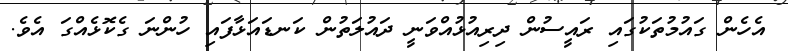
އެހެން ގައުމުތަކުގައި ރައީސުން ދިރިއުޅުއްވަނީ ދައުލަތުން ކަނޑައަޅާފައި ހުންނަ ގެކޮޅެއްގަ އެވެ.